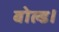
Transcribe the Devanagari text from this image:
बोल्ड।